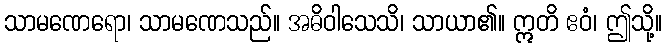
သာမဏေရော၊ သာမဏေသည်။ အဓိဝါသေသိ၊ သာယာ၏။ ဣတိ ဧဝံ၊ ဤသို့။